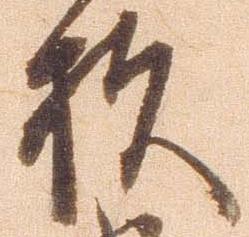
杉